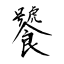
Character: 饕